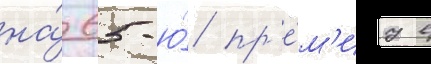
на́ 65-ю́ пр'е́м'иу в